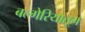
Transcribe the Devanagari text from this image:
बल्गेरियातून